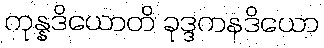
ကုန္နဒိယောတိ ခုဒ္ဒကနဒိယော